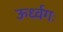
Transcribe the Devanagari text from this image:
ऊर्ध्वगः